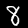
Digit: 8